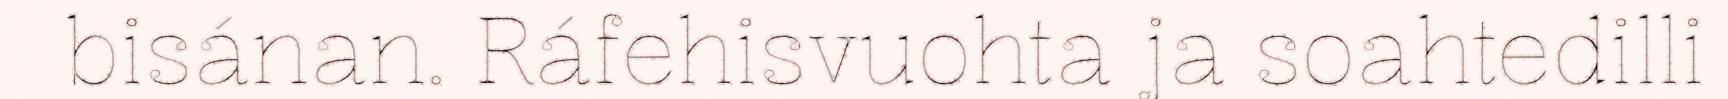
bisánan. Ráfehisvuohta ja soahtedilli